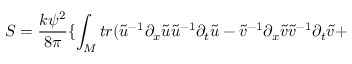
S = \frac { k \psi ^ { 2 } } { 8 \pi } \{ \int _ { \cal M } t r ( \tilde { u } ^ { - 1 } \partial _ { x } \tilde { u } \tilde { u } ^ { - 1 } \partial _ { t } \tilde { u } - \tilde { v } ^ { - 1 } \partial _ { x } \tilde { v } \tilde { v } ^ { - 1 } \partial _ { t } \tilde { v } +